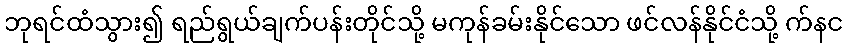
ဘုရင်ထံသွား၍ ရည်ရွယ်ချက်ပန်းတိုင်သို့ မကုန်ခမ်းနိုင်သော ဖင်လန်နိုင်ငံသို့ က်နင